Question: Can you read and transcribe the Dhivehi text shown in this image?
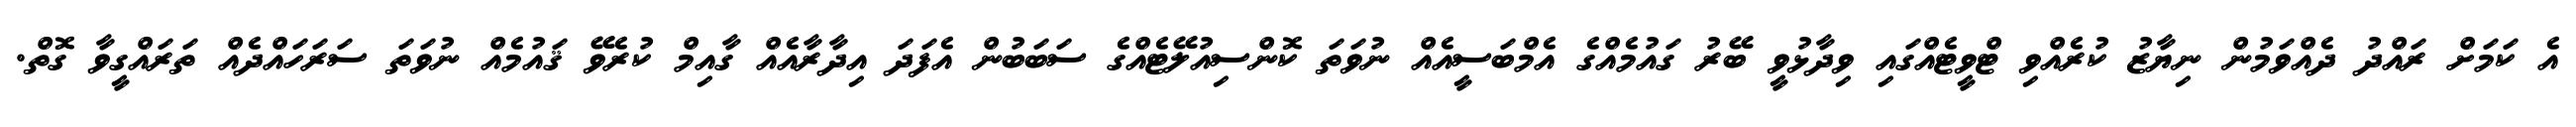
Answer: އެ ކަމަށް ރައްދު ދެއްވަމުން ނިޔާޒު ކުރެއްވި ޓްވީޓެއްގައި ވިދާޅުވީ ބޭރު ގައުމެއްގެ އެމްބަސީއެއް ނުވަތަ ކޮންސިއުލޭޓެއްގެ ސަބަބުން އެފަދަ އިދާރާއެއް ގާއިމް ކުރެވޭ ޤައުމެއް ނުވަތަ ސަރަހައްދެއް ތަރައްގީވާ ގޮތް.